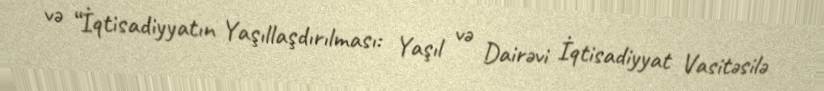
və “İqtisadiyyatın Yaşıllaşdırılması: Yaşıl və Dairəvi İqtisadiyyat Vasitəsilə